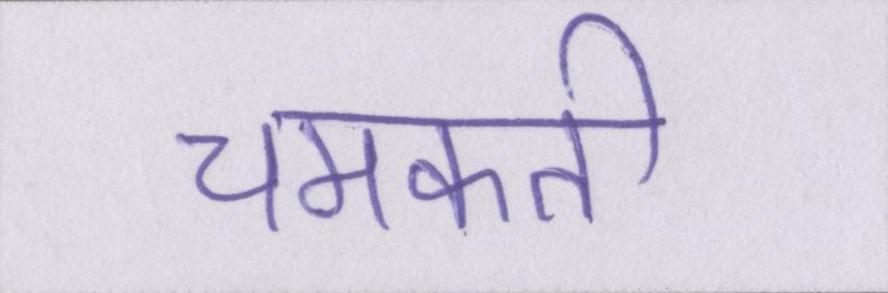
चमकती